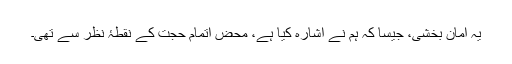
یہ امان بخشی، جیسا کہ ہم نے اشارہ کیا ہے، محض اتمام حجت کے نقطۂ نظر سے تھی۔